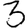
Digit: 3